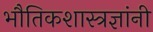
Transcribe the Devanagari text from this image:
भौतिकशास्त्रज्ञांनी